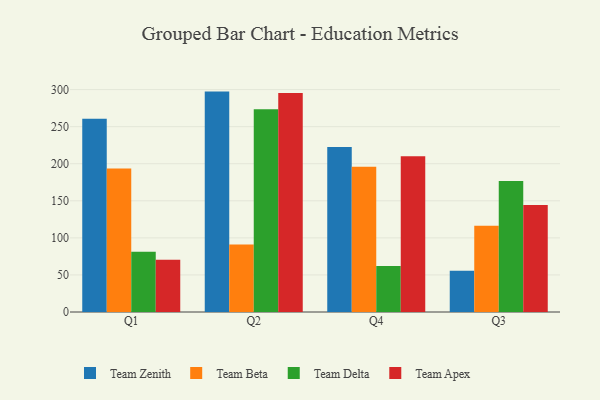
{"axis": {"x": "Quarter", "y": "LTV (USD)"}, "legend": ["Team Apex", "Team Beta", "Team Delta", "Team Zenith"], "data": [{"x": "Q1", "y": 260.8, "type": "Team Zenith"}, {"x": "Q1", "y": 193.5, "type": "Team Beta"}, {"x": "Q1", "y": 81.2, "type": "Team Delta"}, {"x": "Q1", "y": 70.6, "type": "Team Apex"}, {"x": "Q2", "y": 297.3, "type": "Team Zenith"}, {"x": "Q2", "y": 91.2, "type": "Team Beta"}, {"x": "Q2", "y": 273.4, "type": "Team Delta"}, {"x": "Q2", "y": 295.3, "type": "Team Apex"}, {"x": "Q4", "y": 222.5, "type": "Team Zenith"}, {"x": "Q4", "y": 196.0, "type": "Team Beta"}, {"x": "Q4", "y": 62.2, "type": "Team Delta"}, {"x": "Q4", "y": 210.0, "type": "Team Apex"}, {"x": "Q3", "y": 55.7, "type": "Team Zenith"}, {"x": "Q3", "y": 116.3, "type": "Team Beta"}, {"x": "Q3", "y": 176.7, "type": "Team Delta"}, {"x": "Q3", "y": 144.3, "type": "Team Apex"}]}